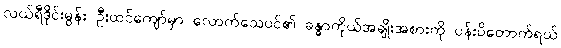
လယ်ရီဒိုင်းမွန်း ဦးထင်ကျော်မှာ လောက်သေပင်၏ ခန္ဓာကိုယ်အချိုးအစားကို ပန်းပိတောက်ရယ်